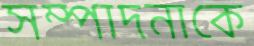
সম্পাদনাকে